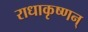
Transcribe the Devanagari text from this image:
राधाकृष्णन्‌